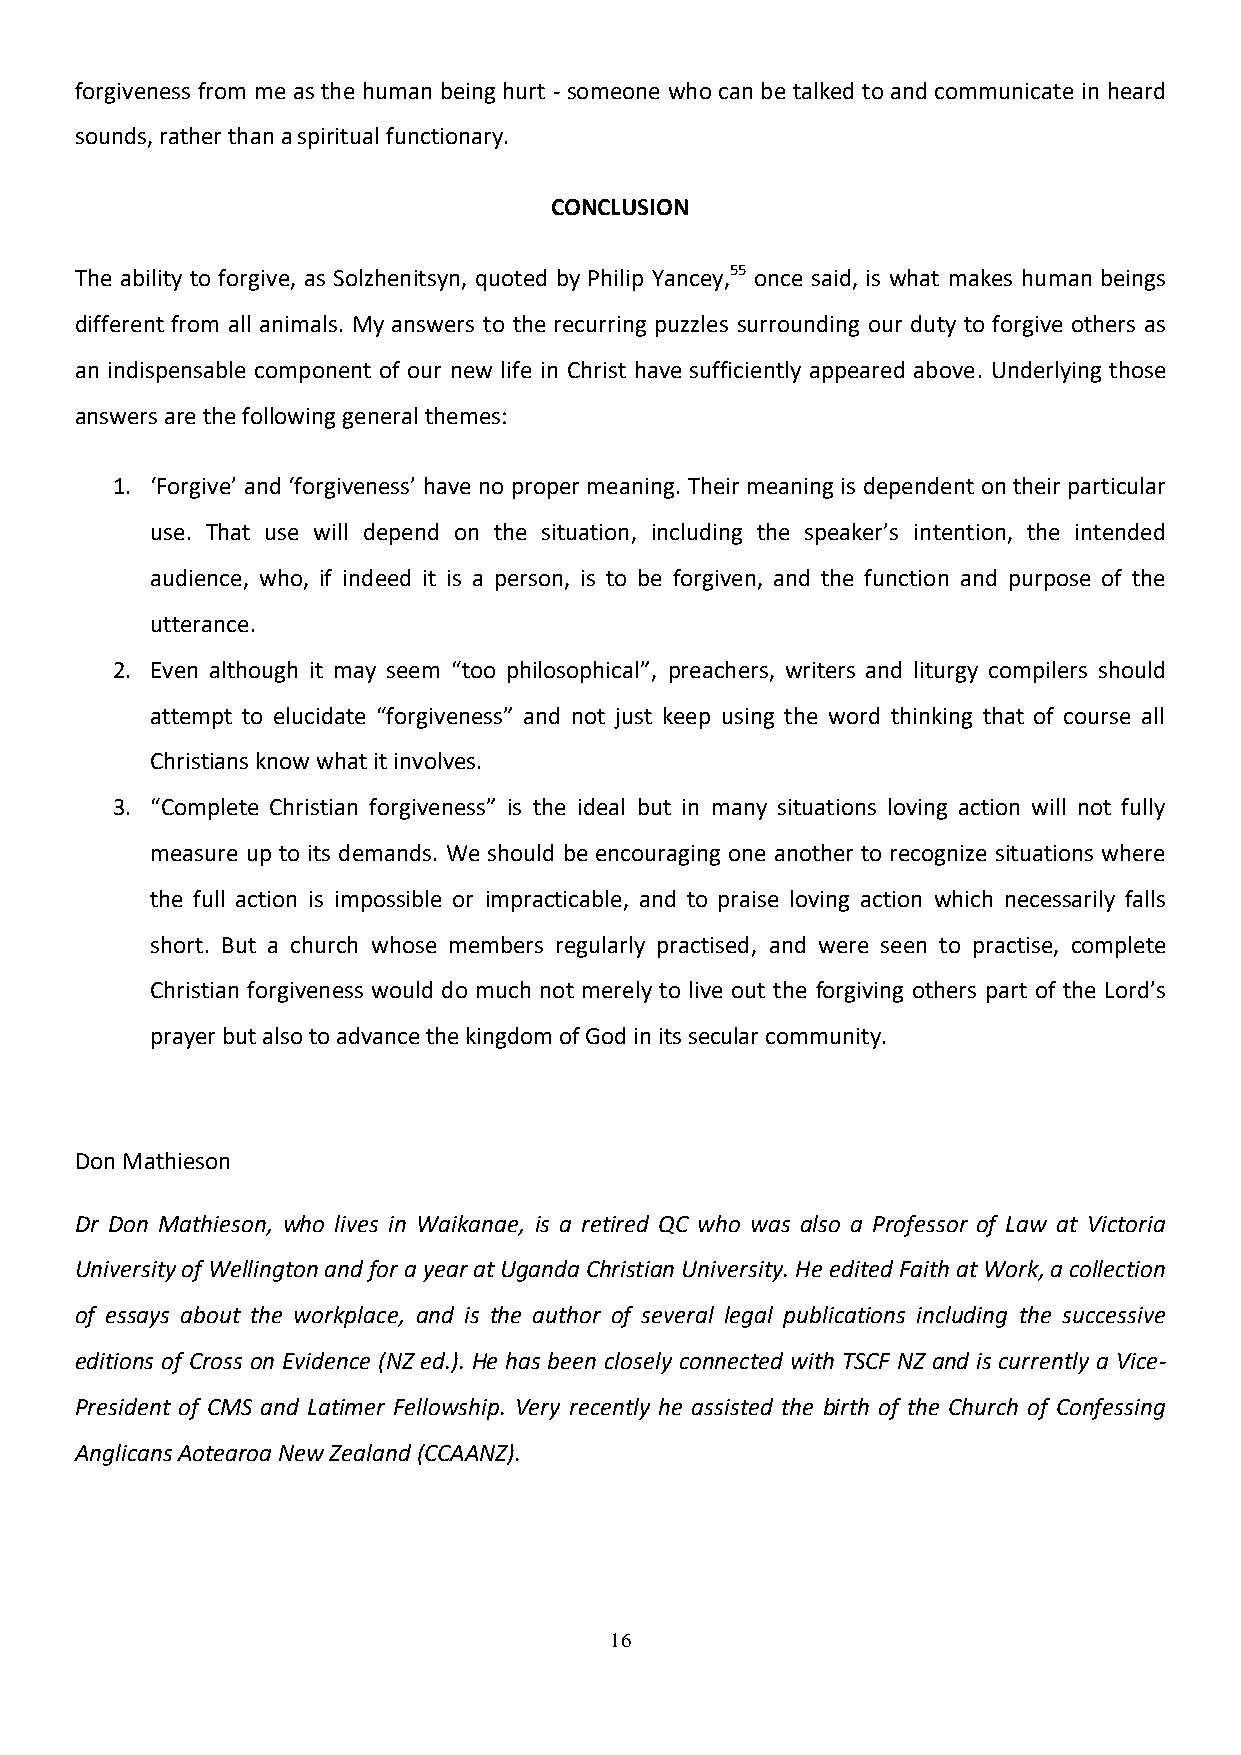
forgiveness from me as the human being hurt - someone who can be talked to and communicate in heard
 sounds, rather than a spiritual functionary.
 CONCLUSION
 The ability to forgive, as Solzhenitsyn, quoted by Philip Yancey,55 once said, is what makes human beings
 different from all animals. My answers to the recurring puzzles surrounding our duty to forgive others as
 an indispensable component of our new life in Christ have sufficiently appeared above. Underlying those
 answers are the following general themes:
 1. ‘Forgive’ and ‘forgiveness’ have no proper meaning. Their meaning is dependent on their particular
 use. That use will depend on the situation, including the speaker’s intention, the intended
 audience, who, if indeed it is a person, is to be forgiven, and the function and purpose of the
 utterance.
 2. Even although it may seem “too philosophical”, preachers, writers and liturgy compilers should
 attempt to elucidate “forgiveness” and not just keep using the word thinking that of course all
 Christians know what it involves.
 3. “Complete Christian forgiveness” is the ideal but in many situations loving action will not fully
 measure up to its demands. We should be encouraging one another to recognize situations where
 the full action is impossible or impracticable, and to praise loving action which necessarily falls
 short. But a church whose members regularly practised, and were seen to practise, complete
 Christian forgiveness would do much not merely to live out the forgiving others part of the Lord’s
 prayer but also to advance the kingdom of God in its secular community.
 Don Mathieson
 Dr Don Mathieson, who lives in Waikanae, is a retired QC who was also a Professor of Law at Victoria
 University of Wellington and for a year at Uganda Christian University. He edited Faith at Work, a collection
 of essays about the workplace, and is the author of several legal publications including the successive
 editions of Cross on Evidence (NZ ed.). He has been closely connected with TSCF NZ and is currently a Vice-
 President of CMS and Latimer Fellowship. Very recently he assisted the birth of the Church of Confessing
 Anglicans Aotearoa New Zealand (CCAANZ).
 16